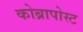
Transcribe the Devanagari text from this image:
कोब्रापोस्ट